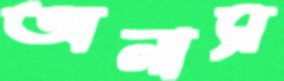
অলাস